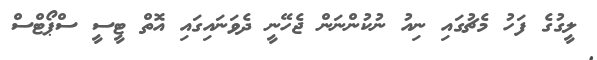
ލީގުގެ ފަހު މެޗުގައި ނިއު ނުކުންނަން ޖެހޭނީ ދެވަނައިގައި އޮތް ޓީސީ ސްޕޯޓްސް